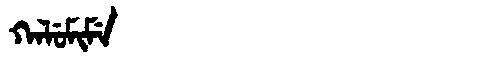
Manchu: ᡴᠠᠯᡠᠮᡳᠮᡝ
Romanization: KALUMIME